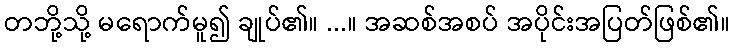
တဘို့သို့ မရောက်မူ၍ ချုပ်၏။ ...။ အဆစ်အစပ် အပိုင်းအပြတ်ဖြစ်၏။